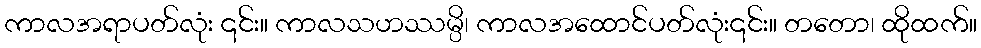
ကာလအရာပတ်လုံး ၎င်း။ ကာလသဟဿမ္ပိ၊ ကာလအထောင်ပတ်လုံး၎င်း။ တတော၊ ထိုထက်။